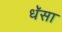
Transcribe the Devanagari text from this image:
धॅसा